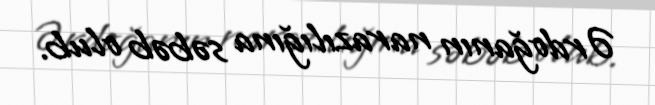
Ərdoğanın narazılığına səbəb olub.